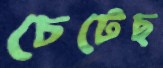
চেটেছ